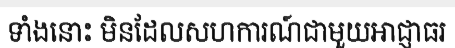
ទាំងនោះ មិនដែលសហការណ៍ជាមួយអាជ្ញាធរ